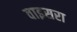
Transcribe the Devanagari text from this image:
वाइसरा